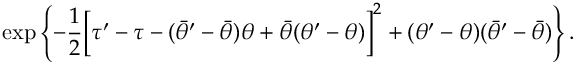
\exp \left\{ - \frac { 1 } { 2 } \Bigl [ \tau ^ { \prime } - \tau - ( \bar { \theta } ^ { \prime } - \bar { \theta } ) \theta + \bar { \theta } ( \theta ^ { \prime } - \theta ) \Bigr ] ^ { 2 } + ( \theta ^ { \prime } - \theta ) ( \bar { \theta } ^ { \prime } - \bar { \theta } ) \right\} .